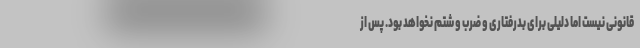
قانونی نیست اما دلیلی برای بدرفتاری و ضرب و شتم نخواهد بود. پس از